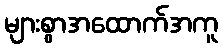
များစွာအထောက်အကူ